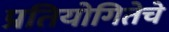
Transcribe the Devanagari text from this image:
प्रतियोगितेचे